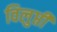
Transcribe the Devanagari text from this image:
विलुप्ती